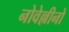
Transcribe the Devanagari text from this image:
नोवेल्लीनो